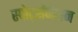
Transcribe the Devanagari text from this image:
स्पोर्ट्सनेशन